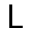
\mathsf { L }